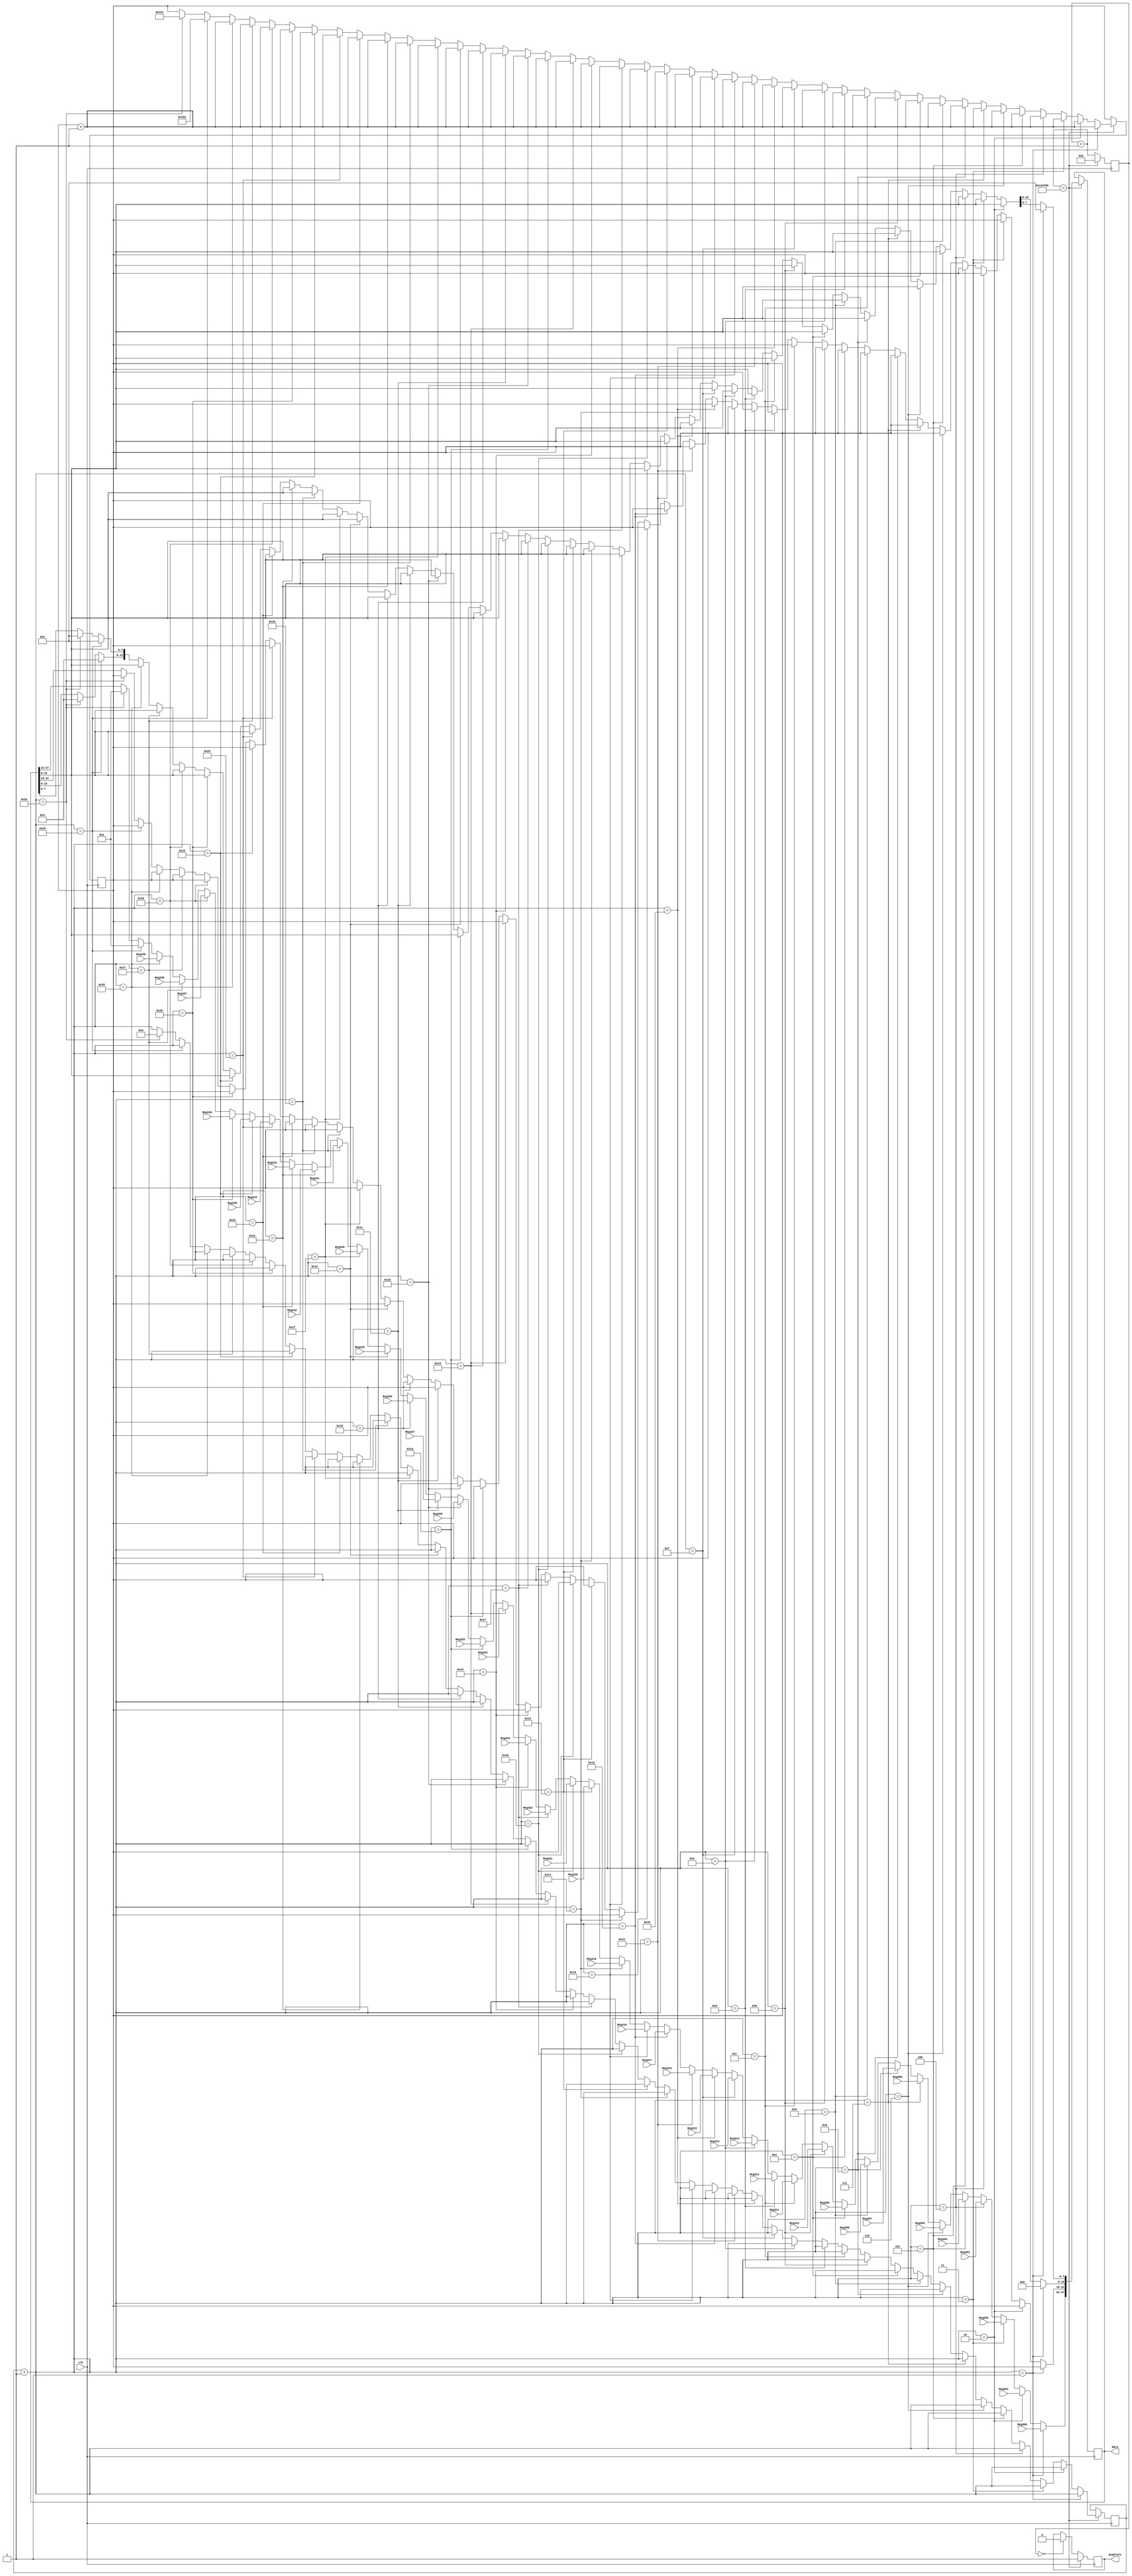
/*Designed by: Minor A. S.

*/
module forming_data_v4(clk,Reg300,Reg301,Reg302,Reg303,Reg304,Reg305,Reg306,Reg307,Reg308,Reg309,
									Reg310,Reg311,Reg312,Reg313,Reg314,Reg315,Reg316,Reg317,Reg318,Reg319,
									Reg320,Reg321,Reg322,Reg323,Reg324,Reg325,Reg326,Reg327,Reg328,Reg329,
									Reg330,Reg331,Reg332,Reg333,Reg334,Reg335,Reg336,Reg337,Reg338,Reg339,
									data,EnableTx);
input clk;
input [15:0]Reg300;
input [15:0]Reg301;
input [15:0]Reg302;
input [15:0]Reg303;
input [15:0]Reg304;
input [15:0]Reg305;
input [15:0]Reg306;
input [15:0]Reg307;
input [15:0]Reg308;
input [15:0]Reg309;
input [15:0]Reg310;
input [15:0]Reg311;
input [15:0]Reg312;
input [15:0]Reg313;
input [15:0]Reg314;
input [15:0]Reg315;
input [15:0]Reg316;
input [15:0]Reg317;
input [15:0]Reg318;
input [15:0]Reg319;
input [15:0]Reg320;
input [15:0]Reg321;
input [15:0]Reg322;
input [15:0]Reg323;
input [15:0]Reg324;
input [15:0]Reg325;
input [15:0]Reg326;
input [15:0]Reg327;
input [15:0]Reg328;
input [15:0]Reg329;
input [15:0]Reg330;
input [15:0]Reg331;
input [15:0]Reg332;
input [15:0]Reg333;
input [15:0]Reg334;
input [15:0]Reg335;
input [15:0]Reg336;
input [15:0]Reg337;
input [15:0]Reg338;
input [15:0]Reg339;
output reg [47:0] data;
output reg EnableTx = 0;

reg [15:0]Reg = 300;
reg [40:0]count=0;
reg [40:0]count1=0;
reg [31:0]delay=0;
reg flag = 0;
reg flagRead [10:0];
reg flagReadoff=0;
reg [15:0] i = 0;
reg [15:0] n = 1;

initial begin
	
	i = 0;
	n = 1;
	
end

always@(posedge clk) begin
	
	if(count == 0) EnableTx = 0;
	
	count = count + 1;
	
	if(count == 80000*15) begin
		EnableTx = 1;
		count = 0;
//		n = n + 1;
		i = i + 1;
		
		if(i == 1)begin
//			delay = (80000*2);
			data[7:0] = 2;
			data[15:8] = 6;
			data[31:16] = Reg;
			data[47:32] = Reg300;
			Reg = Reg + 1;
		end
		
		else if(i == 2)begin
			data[31:16] = Reg;
			data[47:32] = Reg301;
			Reg = Reg + 1;
		end
		
		else if(i == 3)begin
			data[31:16] = Reg;
			data[47:32] = Reg302;
			Reg = Reg + 1;
		end
		
		else if(i == 4)begin
			data[31:16] = Reg;
			data[47:32] = Reg303;
			Reg = Reg + 1;
		end
		
		else if(i == 5)begin
			data[31:16] = Reg;
			data[47:32] = Reg304;
			Reg = Reg + 1;
		end
		
		else if(i == 6)begin
			data[31:16] = Reg;
			data[47:32] = Reg305;
			Reg = Reg + 1;
		end
		
		else if(i == 7)begin
			data[31:16] = Reg;
			data[47:32] = Reg306;
			Reg = Reg + 1;
		end
		
		else if(i == 8)begin
			data[31:16] = Reg;
			data[47:32] = Reg307;
			Reg = Reg + 1;
		end
		
		else if(i == 9)begin
			data[31:16] = Reg;
			data[47:32] = Reg308;
			Reg = Reg + 1;
		end
		
		else if(i == 10)begin
			data[31:16] = Reg;
			data[47:32] = Reg309;
			Reg = Reg + 1;
		end
		
		else if(i == 11)begin
			data[31:16] = Reg;
			data[47:32] = Reg310;
			Reg = Reg + 1;
		end
		
		else if(i == 12)begin
			data[31:16] = Reg;
			data[47:32] = Reg311;
			Reg = Reg + 1;
		end
		
		else if(i == 13)begin
			data[31:16] = Reg;
			data[47:32] = Reg312;
			Reg = Reg + 1;
		end
		
		else if(i == 14)begin
			data[31:16] = Reg;
			data[47:32] = Reg313;
			Reg = Reg + 1;
		end
		
		else if(i == 15)begin
			data[31:16] = Reg;
			data[47:32] = Reg314;
			Reg = Reg + 1;
		end
		
		else if(i == 16)begin
			data[31:16] = Reg;
			data[47:32] = Reg315;
			Reg = Reg + 1;
		end
		
		else if(i == 17)begin
			data[31:16] = Reg;
			data[47:32] = Reg316;
			Reg = Reg + 1;
		end
		
		else if(i == 18)begin
			data[31:16] = Reg;
			data[47:32] = Reg317;
			Reg = Reg + 1;
		end
		
		else if(i == 19)begin
			data[31:16] = Reg;
			data[47:32] = Reg318;
			Reg = Reg + 1;
		end
		
		else if(i == 20)begin
			data[31:16] = Reg;
			data[47:32] = Reg319;
			Reg = Reg + 1;
		end
		
		else if(i == 21)begin
			data[31:16] = Reg;
			data[47:32] = Reg320;
			Reg = Reg + 1;
		end
		
		else if(i == 22)begin
			data[31:16] = Reg;
			data[47:32] = Reg321;
			Reg = Reg + 1;
		end
		
		else if(i == 23)begin
			data[31:16] = Reg;
			data[47:32] = Reg322;
			Reg = Reg + 1;
		end
		
		else if(i == 24)begin
			data[31:16] = Reg;
			data[47:32] = Reg323;
			Reg = Reg + 1;
		end
		
		else if(i == 25)begin
			data[31:16] = Reg;
			data[47:32] = Reg324;
			Reg = Reg + 1;
		end
		
		else if(i == 26)begin
			data[31:16] = Reg;
			data[47:32] = Reg325;
			Reg = Reg + 1;
		end
		
		else if(i == 27)begin
			data[31:16] = Reg;
			data[47:32] = Reg326;
			Reg = Reg + 1;
		end
		
		else if(i == 28)begin
			data[31:16] = Reg;
			data[47:32] = Reg327;
			Reg = Reg + 1;
		end
		
		else if(i == 29)begin
			data[31:16] = Reg;
			data[47:32] = Reg328;
			Reg = Reg + 1;
		end
		
		else if(i == 30)begin
			data[31:16] = Reg;
			data[47:32] = Reg329;
			Reg = Reg + 1;
		end
		
		else if(i == 31)begin
			data[31:16] = Reg;
			data[47:32] = Reg330;
			Reg = Reg + 1;
		end
		
		else if(i == 32)begin
			data[31:16] = Reg;
			data[47:32] = Reg331;
			Reg = Reg + 1;
		end
		
		else if(i == 33)begin
			data[31:16] = Reg;
			data[47:32] = Reg332;
			Reg = Reg + 1;
		end
		
		else if(i == 34)begin
			data[31:16] = Reg;
			data[47:32] = Reg333;
			Reg = Reg + 1;
		end
		
		else if(i == 35)begin
			data[31:16] = Reg;
			data[47:32] = Reg334;
			Reg = Reg + 1;
		end
		
		else if(i == 36)begin
			data[31:16] = Reg;
			data[47:32] = Reg335;
			Reg = Reg + 1;
		end
		
		else if(i == 37)begin
			data[31:16] = Reg;
			data[47:32] = Reg336;
			Reg = Reg + 1;
		end
		
		else if(i == 38)begin
			data[31:16] = Reg;
			data[47:32] = Reg337;
			Reg = Reg + 1;
		end
		
		else if(i == 39)begin
			data[31:16] = Reg;
			data[47:32] = Reg338;
			Reg = Reg + 1;
		end
		
		else if(i == 40)begin
			data[31:16] = Reg;
			data[47:32] = Reg339;
			Reg = Reg + 1;
		end
//=============================================================================================
		else if(i == 41)begin
//			delay = (80000*3);
			data[7:0] = 2;
			data[15:8] = 3;
			data[31:16] = Reg;
			data[47:32] = 10;
			Reg = 350;
		end
		else if(i == 42)begin
//			delay = (80000*3);
			data[7:0] = 2;
			data[15:8] = 3;
			data[31:16] = Reg;
			data[47:32] = 10;
			Reg = 300;
			i=0;
		end
	end
	
end
endmodule